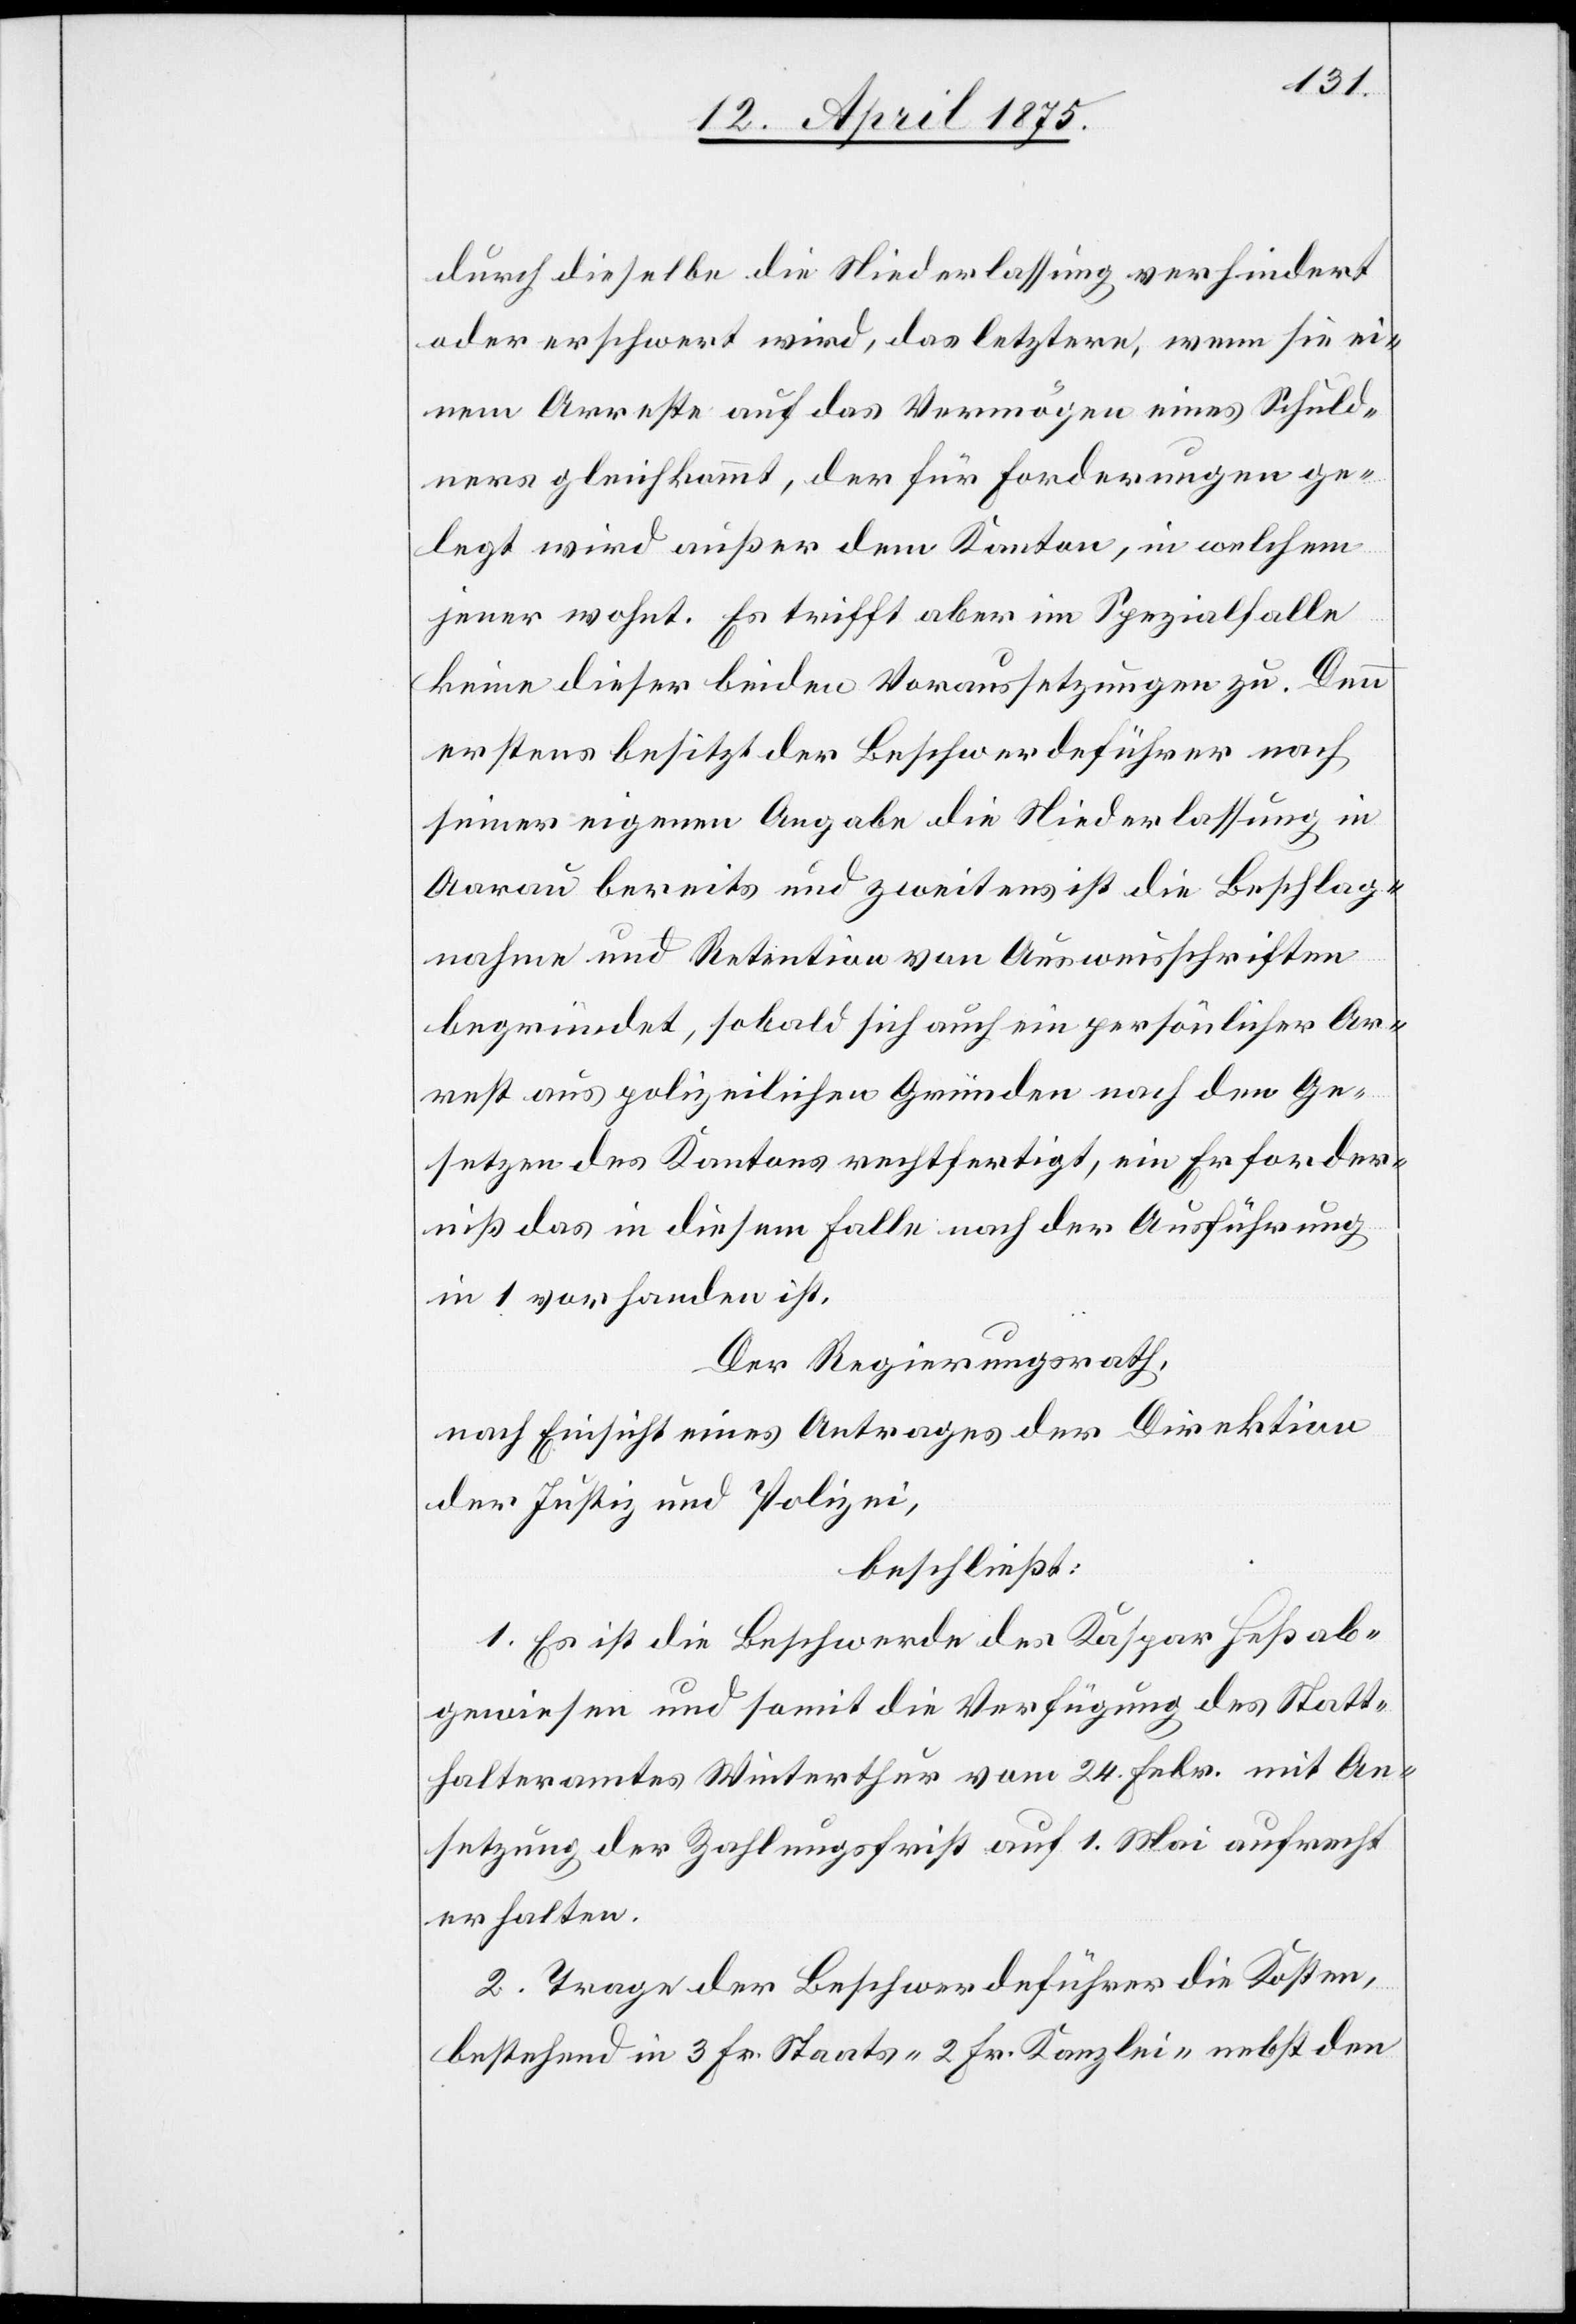
durch dieselbe die Niederlassung verhindert
oder erschwert wird, des letztern, wenn sie ei¬
nem Arreste auf das Vermögen eines Schuld¬
ners gleichkommt, der für Forderungen ge¬
legt wird außer dem Kanton, in welchem
jener wohnt. Es trifft aber im Spezialfalle
keine dieser beiden Voraussetzungen zu. Denn
erstens besitzt der Beschwerdeführer nach
seiner eigenen Angabe die Niederlassung in
Aarau bereits und zweitens ist die Beschlag¬
nahme und Retention von Ausweisschriften
begründet, sobald sich auch ein persönlicher Ar¬
rest aus polizeilichen Gründen nach den Ge¬
setzen des Kantons rechtfertigt, ein Erforder¬
niß das in diesem Falle nach der Ausführung
in 1 vorhanden ist.
Der Regierungsrath,
nach Einsicht eines Antrages der Direktion
der Justiz und Polizei,
beschließt:
1. Es ist die Beschwerde des Kaspar Heß ab¬
gewiesen und somit die Verfügung des Statt¬
halteramtes Winterthur vom 24. Febr. mit An¬
setzung der Zahlungsfrist auf 1. Mai aufrecht
erhalten.
2. Trage der Beschwerdeführer die Kosten,
bestehend in 3 Fr. Staats- 2 Fr. Kanzlei- nebst den